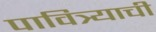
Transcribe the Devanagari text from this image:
पावित्र्याची